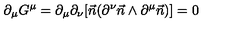
\partial _ { \mu } G ^ { \mu } = \partial _ { \mu } \partial _ { \nu } [ \vec { n } ( \partial ^ { \nu } \vec { n } \wedge \partial ^ { \mu } \vec { n } ) ] = 0